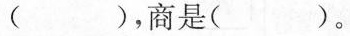
( )，商是( )。